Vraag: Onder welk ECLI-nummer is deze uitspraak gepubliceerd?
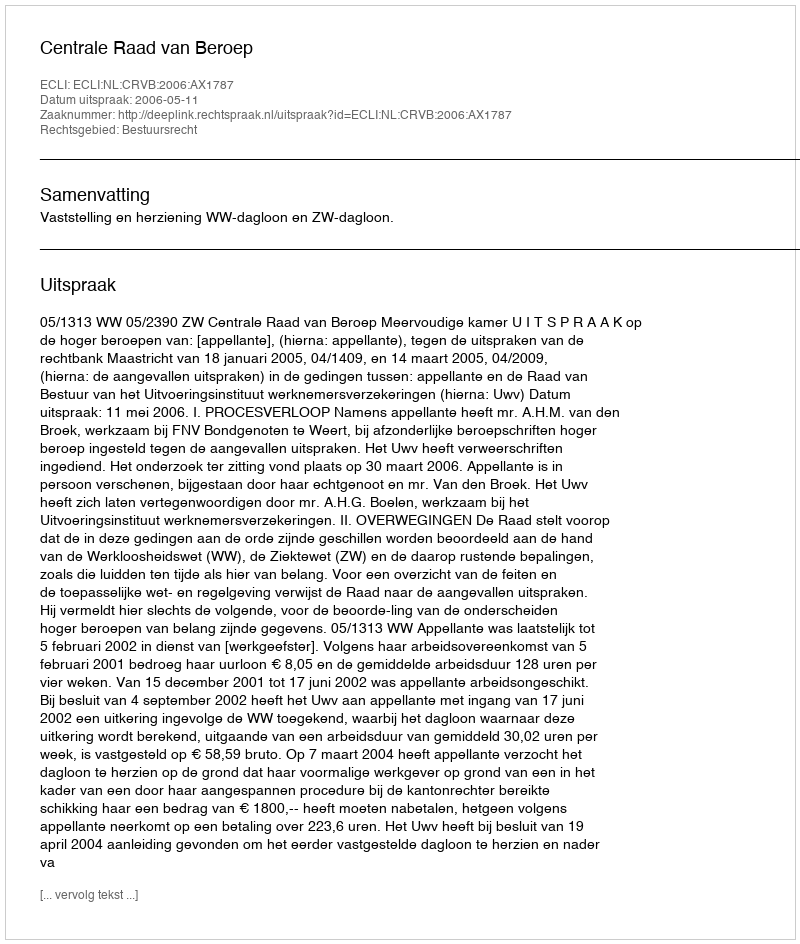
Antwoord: ECLI:NL:CRVB:2006:AX1787